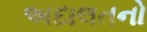
અદાલતનો